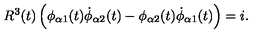
R ^ { 3 } ( t ) \left( \phi _ { \alpha 1 } ( t ) \dot { \phi } _ { \alpha 2 } ( t ) - \phi _ { \alpha 2 } ( t ) \dot { \phi } _ { \alpha 1 } ( t ) \right) = i .